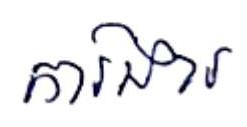
ការងារ